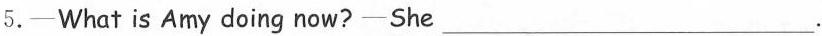
5.—What is Amy doing now?— She ___.